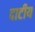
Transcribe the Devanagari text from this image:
दाटीय